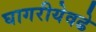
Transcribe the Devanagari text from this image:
घागरीयेवढे